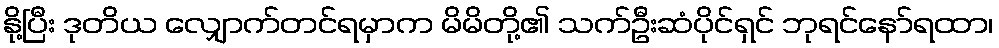
နို့ပြီး ဒုတိယ လျှောက်တင်ရမှာက မိမိတို့၏ သက်ဦးဆံပိုင်ရှင် ဘုရင်နော်ရထာ၊